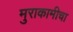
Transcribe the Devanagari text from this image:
मुराकामीचा